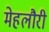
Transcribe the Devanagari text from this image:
मेहलौरी